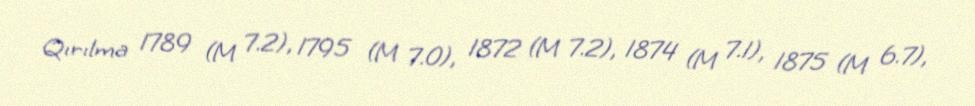
Qırılma 1789 (M 7.2), 1795 (M 7.0), 1872 (M 7.2), 1874 (M 7.1), 1875 (M 6.7),